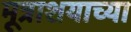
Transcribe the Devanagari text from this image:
मूत्राशयाच्या